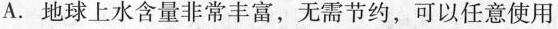
A.地球上水含量非常丰富，无需节约，可以任意使用